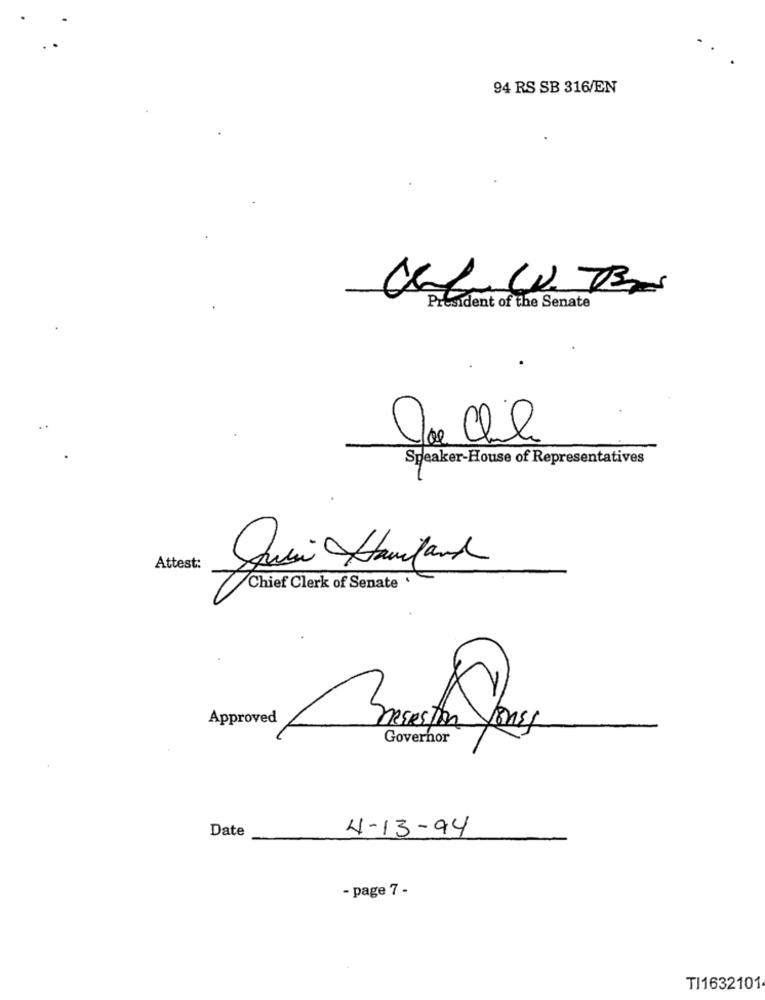
94 RS SB 316/EN
CLUB
President of the Senate
Speaker-House of Representatives
Attest:
Chief Clerk of Senate
Approved
Bach Yous
Governor
Date
4-13-94
- page 7 -
TI1632101